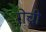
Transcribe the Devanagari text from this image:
रोची